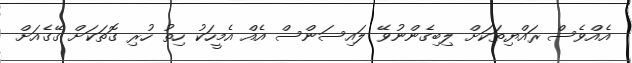
އެއްވެސް ރައްޔިތަކަށް ލިބިގެންނުވޭ ލައިސަންސް އެއް އެމީހަކު ހިތު ހުރި ގޮތަކަށް ގޭގެއަށް